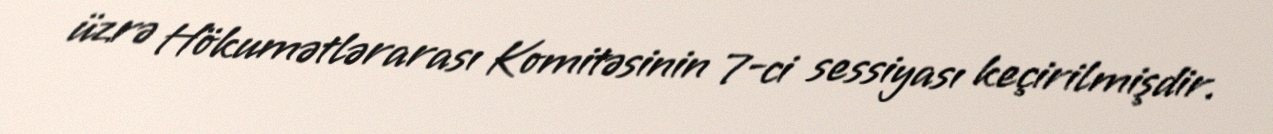
üzrə Hökumətlərarası Komitəsinin 7-ci sessiyası keçirilmişdir.